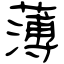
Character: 薄